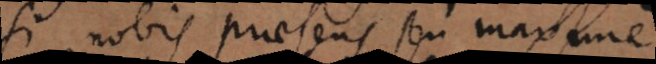
si nobis praesens seu maxime